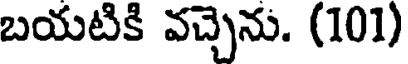
బయటికి వచ్చెను. (101)